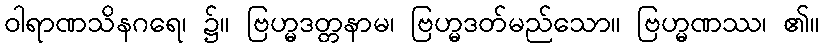
ဝါရာဏသိနဂရေ၊ ၌။ ဗြဟ္မဒတ္တနာမ၊ ဗြဟ္မဒတ်မည်သော။ ဗြဟ္မဏဿ၊ ၏။